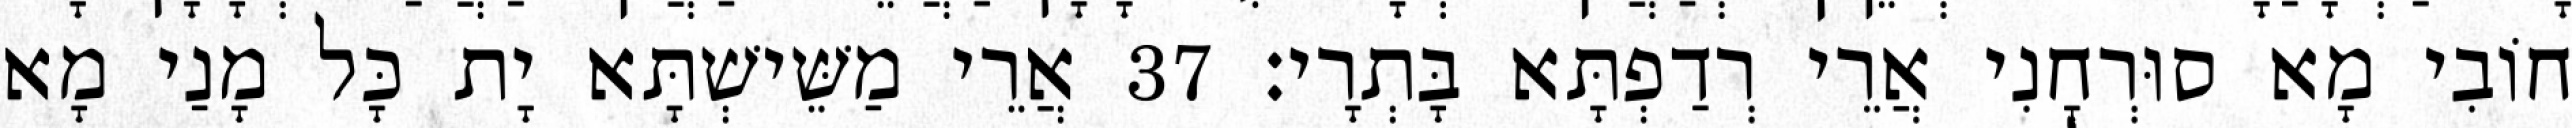
חוֹבִי מָא סוּרְחָנִי אֲרֵי רְדַפְתָּא בָּתְרָי׃ 37 אֲרֵי מַשֵּׁישְׁתָּא יָת כָּל מָנַי מָא